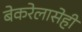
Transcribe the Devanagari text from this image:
बेकरेलासेही